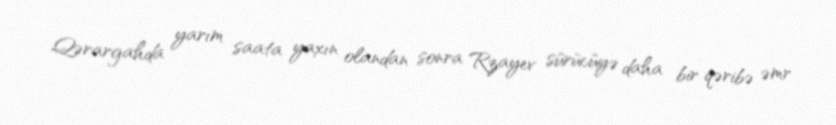
Qərargahda yarım saata yaxın olandan sonra Rzayev sürücüyə daha bir qəribə əmr